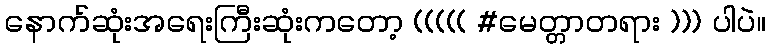
နောက်ဆုံးအရေးကြီးဆုံးကတော့ ((((( #မေတ္တာတရား ))) ပါပဲ။